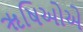
ૠષિઓએ